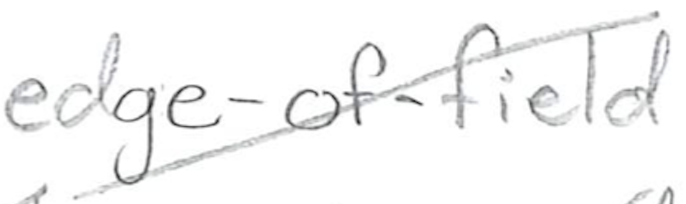
Text: edge-of-field
Cross-out: diagonal
Writing tool: pencil